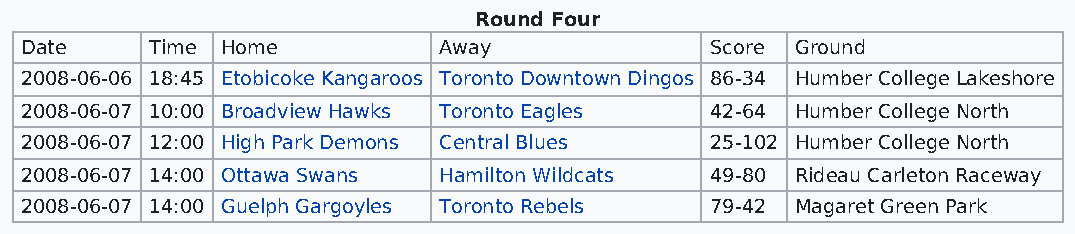
Round Four
 Date     Time Home          Away              Score Ground
 2008-06-06 18:45 Etobicoke Kangaroos Toronto Downtown Dingos 86-34 Humber College Lakeshore
 2008-06-07 10:00 Broadview Hawks Toronto Eagles 42-64 Humber College North
 2008-06-07 12:00 High Park Demons Central Blues 25-102 Humber College North
 2008-06-07 14:00 Ottawa Swans Hamilton Wildcats 49-80 Rideau Carleton Raceway
 2008-06-07 14:00 Guelph Gargoyles Toronto Rebels 79-42 Magaret Green Park